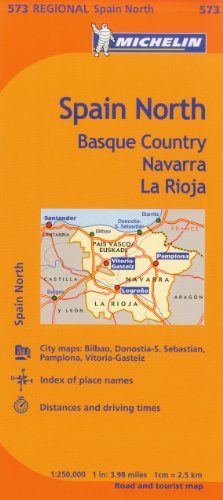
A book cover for Michelin Spain: North, Basque Country, Navarra, La Rioja Map 573 (Maps/Regional (Michelin)); Michelin Travel & Lifestyle; Travel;